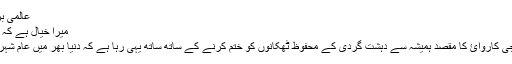
عالمی برادری کی حمایت بھی اب ماند پڑ گئی ہے
میرا خیال ہے کہ شاید اب اس جنگ کا کوئی مقصد نہیں رہا ​
امريکہ اور نيٹو افواج کی افغانستان ميں فوجی کاروائ کا مقصد ہميشہ سے دہشت گردی کے محفوظ ٹھکانوں کو ختم کرنے کے ساتھ ساتھ يہی رہا ہے کہ دنيا بھر ميں عام شہريوں کی زندگيوں کو محفوظ بنايا جا سکے۔